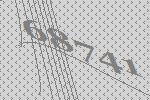
68741